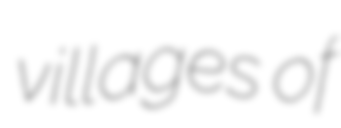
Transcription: villages of